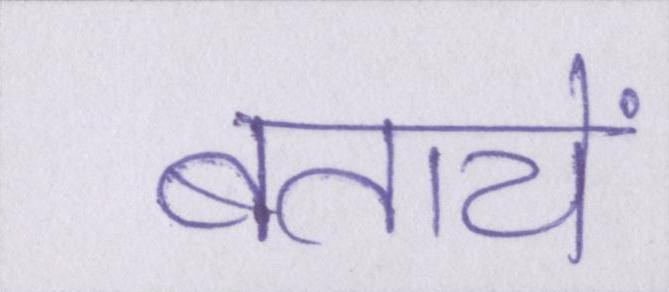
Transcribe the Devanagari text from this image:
बतायें